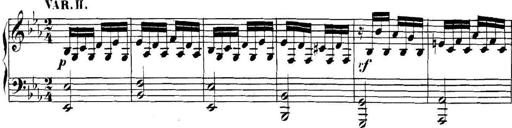
Title: Collected Piano Sonatas
Composer: Muzio Clementi